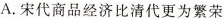
A.宋代商品经济比清代更为繁荣